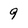
Character: 9